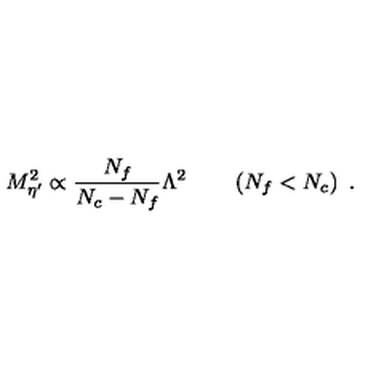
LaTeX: M _ { \eta ^ { \prime } } ^ { 2 } \propto \frac { N _ { f } } { N _ { c } - N _ { f } } \Lambda ^ { 2 } \qquad \left( N _ { f } < N _ { c } \right) \ .